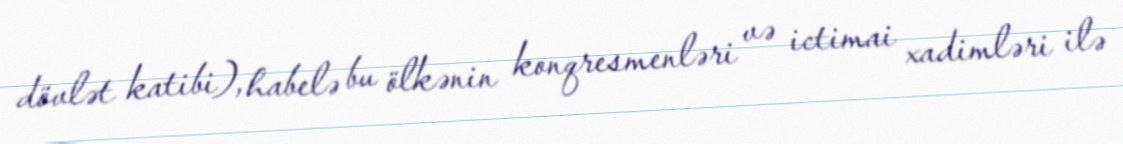
dövlət katibi), habelə bu ölkənin konqresmenləri və ictimai xadimləri ilə